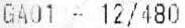
GA01 - 12/480